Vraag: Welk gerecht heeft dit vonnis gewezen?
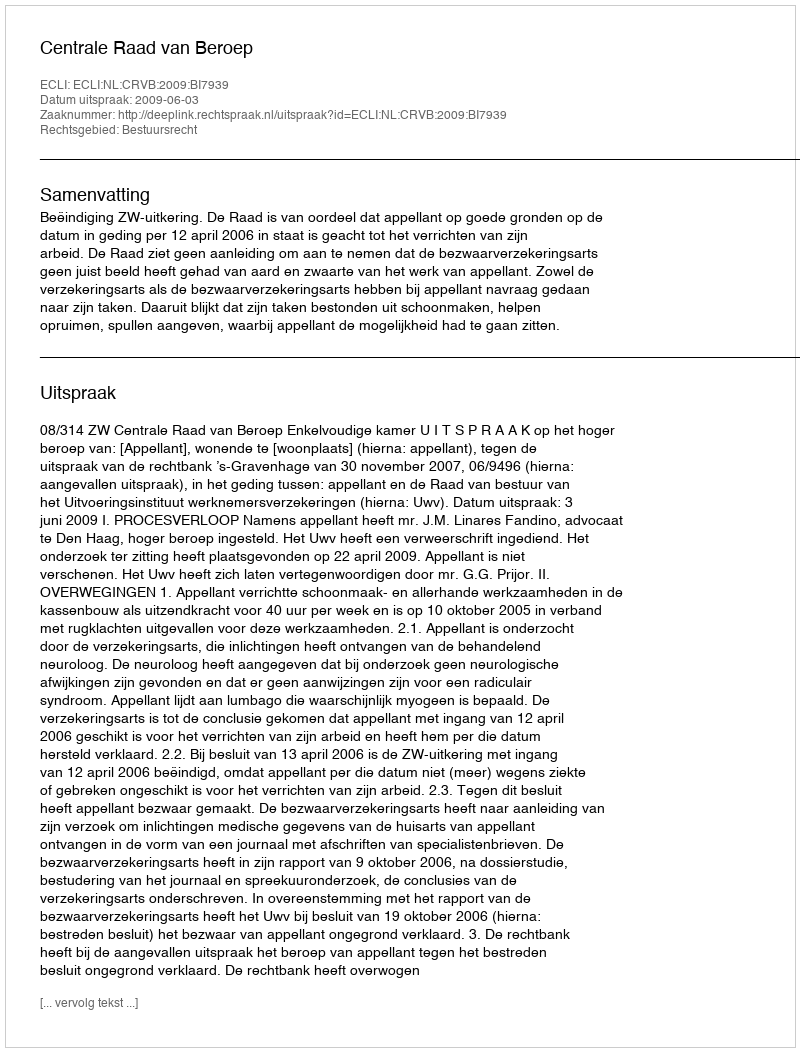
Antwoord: Centrale Raad van Beroep